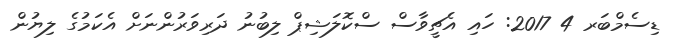
ޑިސެމްބަރ 4 2017: ހައި އެޗީވާސް ސްކޮލަޝިޕް ލިބުނު ދަރިވަރުންނަށް އެކަމުގެ ލިޔުން